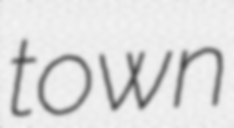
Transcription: town